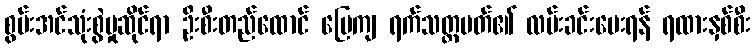
စွမ်းအင်သုံးစွဲမှုဆိုင်ရာ ဦးစီးတည်ထောင် မြေကျ ရက်သတ္တပတ်၏ လမ်းခင်းပေးရန် ရထားနှစ်စီး